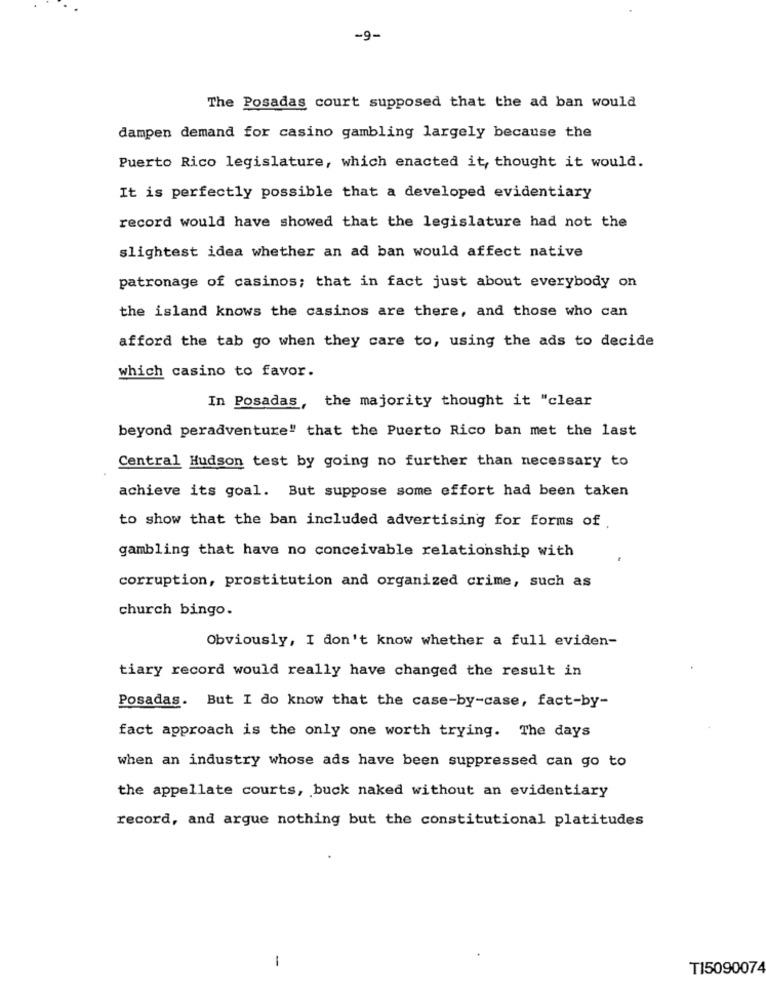
-9-
The Posadas court supposed that the ad ban would
dampen demand for casino gambling largely because the
Puerto Rico legislature, which enacted it, thought it would.
It is perfectly possible that a developed evidentiary
record would have showed that the legislature had not the
slightest idea whether an ad ban would affect native
patronage of casinos; that in fact just about everybody on
the island knows the casinos are there, and those who can
afford the tab go when they care to, using the ads to decide
which casino to favor.
In Posadas, the majority thought it "clear
beyond peradventure" that the Puerto Rico ban met the last
Central Hudson test by going no further than necessary to
achieve its goal. But suppose some effort had been taken
to show that the ban included advertising for forms of
gambling that have no conceivable relationship with
corruption, prostitution and organized crime, such as
church bingo.
Obviously, I don't know whether a full eviden-
tiary record would really have changed the result in
Posadas. But I do know that the case-by-case, fact-by-
fact approach is the only one worth trying. The days
when an industry whose ads have been suppressed can go to
the appellate courts, buck naked without an evidentiary
record, and argue nothing but the constitutional platitudes
-
TI5090074